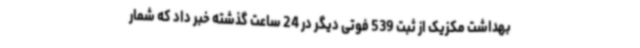
بهداشت مکزیک از ثبت 539 فوتی دیگر در 24 ساعت گذشته خبر داد که شمار